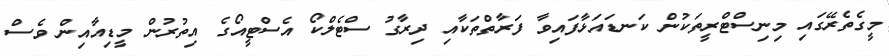
މީގެތެރޭގައި މިނިސްޓްރީތަކުން ކަނޑައަޅާފައިވާ ފަރާތްތަކާއި ދިރާގު ސްޓެލްކޯ އެސްޓީއޯގެ އިތުރުން މީޑިއާއިން ވެސް